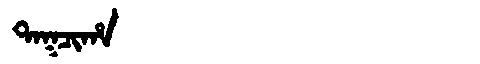
Manchu: ᡨᠠᡴᠴᡳᡥᠠ
Romanization: TAKCIHA